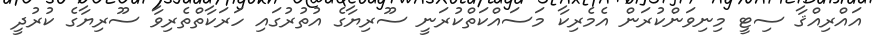
އައްރިއްޤާ ސިޓީ މިނިވަންކުރަން އެމެރިކާ މަސައްކަތްކުރަނީ ސޫރިޔާގެ އުތުރުގައި ހަރަކާތްތެރިވާ ސޫރިޔާގެ ކުރުދީ